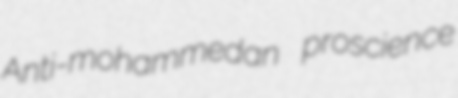
Anti-mohammedan proscience